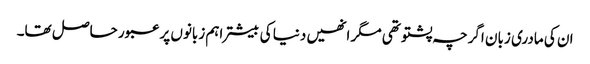
ان کی مادری زبان اگرچہ پشتو تھی مگر انھیں دنیا کی بیشتر اہم زبانوں پر عبور حاصل تھا۔